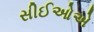
સીઈઓએ